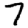
Digit: 7